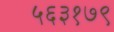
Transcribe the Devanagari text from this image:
५६३१७९